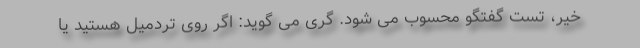
خیر، تست گفتگو محسوب می شود. گری می‌ گوید: اگر روی تردمیل هستید یا